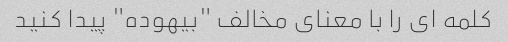
کلمه ای را با معنای مخالف "بیهوده" پیدا کنید